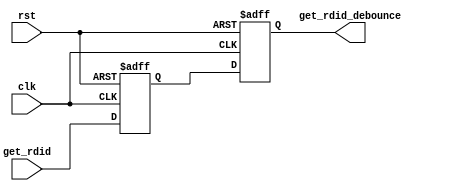
`timescale 1ns / 1ps
//////////////////////////////////////////////////////////////////////////////////
// Company: 
// Engineer: 
// 
// Design Name: 
// Module Name:    preamp_debounce 
// Project Name: 
// Target Devices: 
// Tool versions: 
// Description: 
//
// Dependencies: 
//
// Revision: 
// Revision 0.01 - File Created
// Additional Comments: 
//
//////////////////////////////////////////////////////////////////////////////////
module preamp_debounce(
	input wire			clk,
	input wire			rst,
	input wire			get_rdid,
   output reg			get_rdid_debounce
    );

	//Variables
	reg get_rdid_q;
	
	always@(posedge clk or posedge rst)
		begin
			if(rst)
				begin
					get_rdid_q <= 1'b0;
				end
			else
				begin
					get_rdid_q <= get_rdid;
				end
		end
				
	always@(posedge clk or posedge rst)
		begin
			if(rst)
				begin
					get_rdid_debounce <= 1'b0;
				end
			else
				begin
					get_rdid_debounce <= get_rdid_q;
				end
		end

endmodule